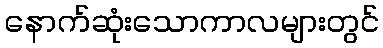
နောက်ဆုံးသောကာလများတွင်